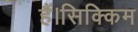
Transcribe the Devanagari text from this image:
हैं।सिक्किम